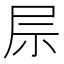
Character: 𫵖